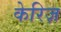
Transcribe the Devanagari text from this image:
केरिज़